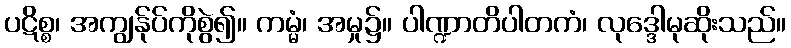
ပဋိစ္စ၊ အကျွန်ုပ်ကိုစွဲ၍။ ကမ္မံ၊ အမှု၌။ ပါဏ္ဍာတိပါတကံ၊ လုဒ္ဒေါမုဆိုးသည်။